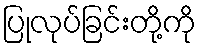
ပြုလုပ်ခြင်းတို့ကို